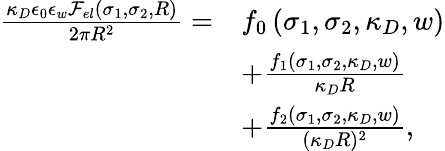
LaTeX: \begin{array}{rl}{\frac{\kappa_{D}\epsilon_{0}\epsilon_{w}\mathcal{F}_{el}(\sigma_{1},\sigma_{2},R)}{2\pi R^{2}}=}&{f_{0}\left(\sigma_{1},\sigma_{2},\kappa_{D},w\right)}\\ &{+\frac{f_{1}\left(\sigma_{1},\sigma_{2},\kappa_{D},w\right)}{\kappa_{D}R}}\\ &{+\frac{f_{2}\left(\sigma_{1},\sigma_{2},\kappa_{D},w\right)}{(\kappa_{D}R)^{2}},}\end{array}